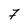
Character: 7